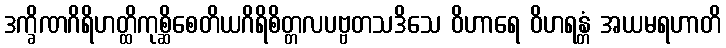
ဒက္ခိဏဂိရိဟတ္ထိကုစ္ဆိစေတိယဂိရိစိတ္တလပဗ္ဗတသဒိသေ ဝိဟာရေ ဝိဟရန္တံ အယမရဟာတိ